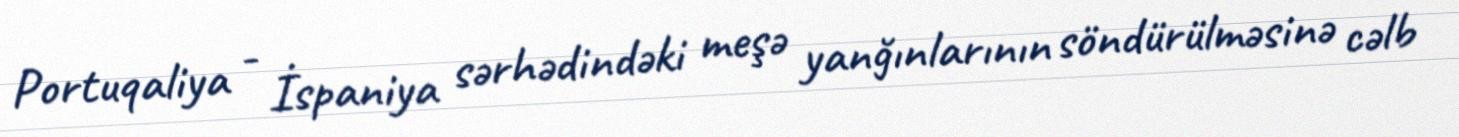
Portuqaliya - İspaniya sərhədindəki meşə yanğınlarının söndürülməsinə cəlb